Annual report of the Punjab Veterinary College and of the Civil Veterinary Department, Punjab - 1909-1919
Year: 1909
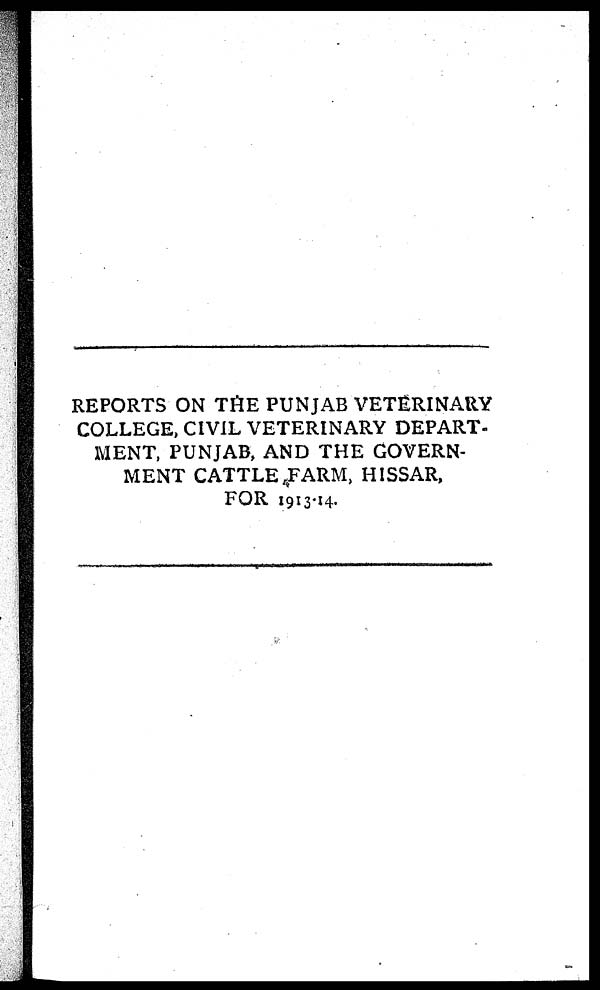
REPORTS ON THE PUNJAB VETERINARY
COLLEGE, CIVIL VETERINARY DEPART-
MENT, PUNJAB, AND THE GOVERN-
MENT CATTLE FARM, HISSAR,
FOR 1913-14.